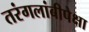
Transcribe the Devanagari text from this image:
तरंगलांबीपेक्षा